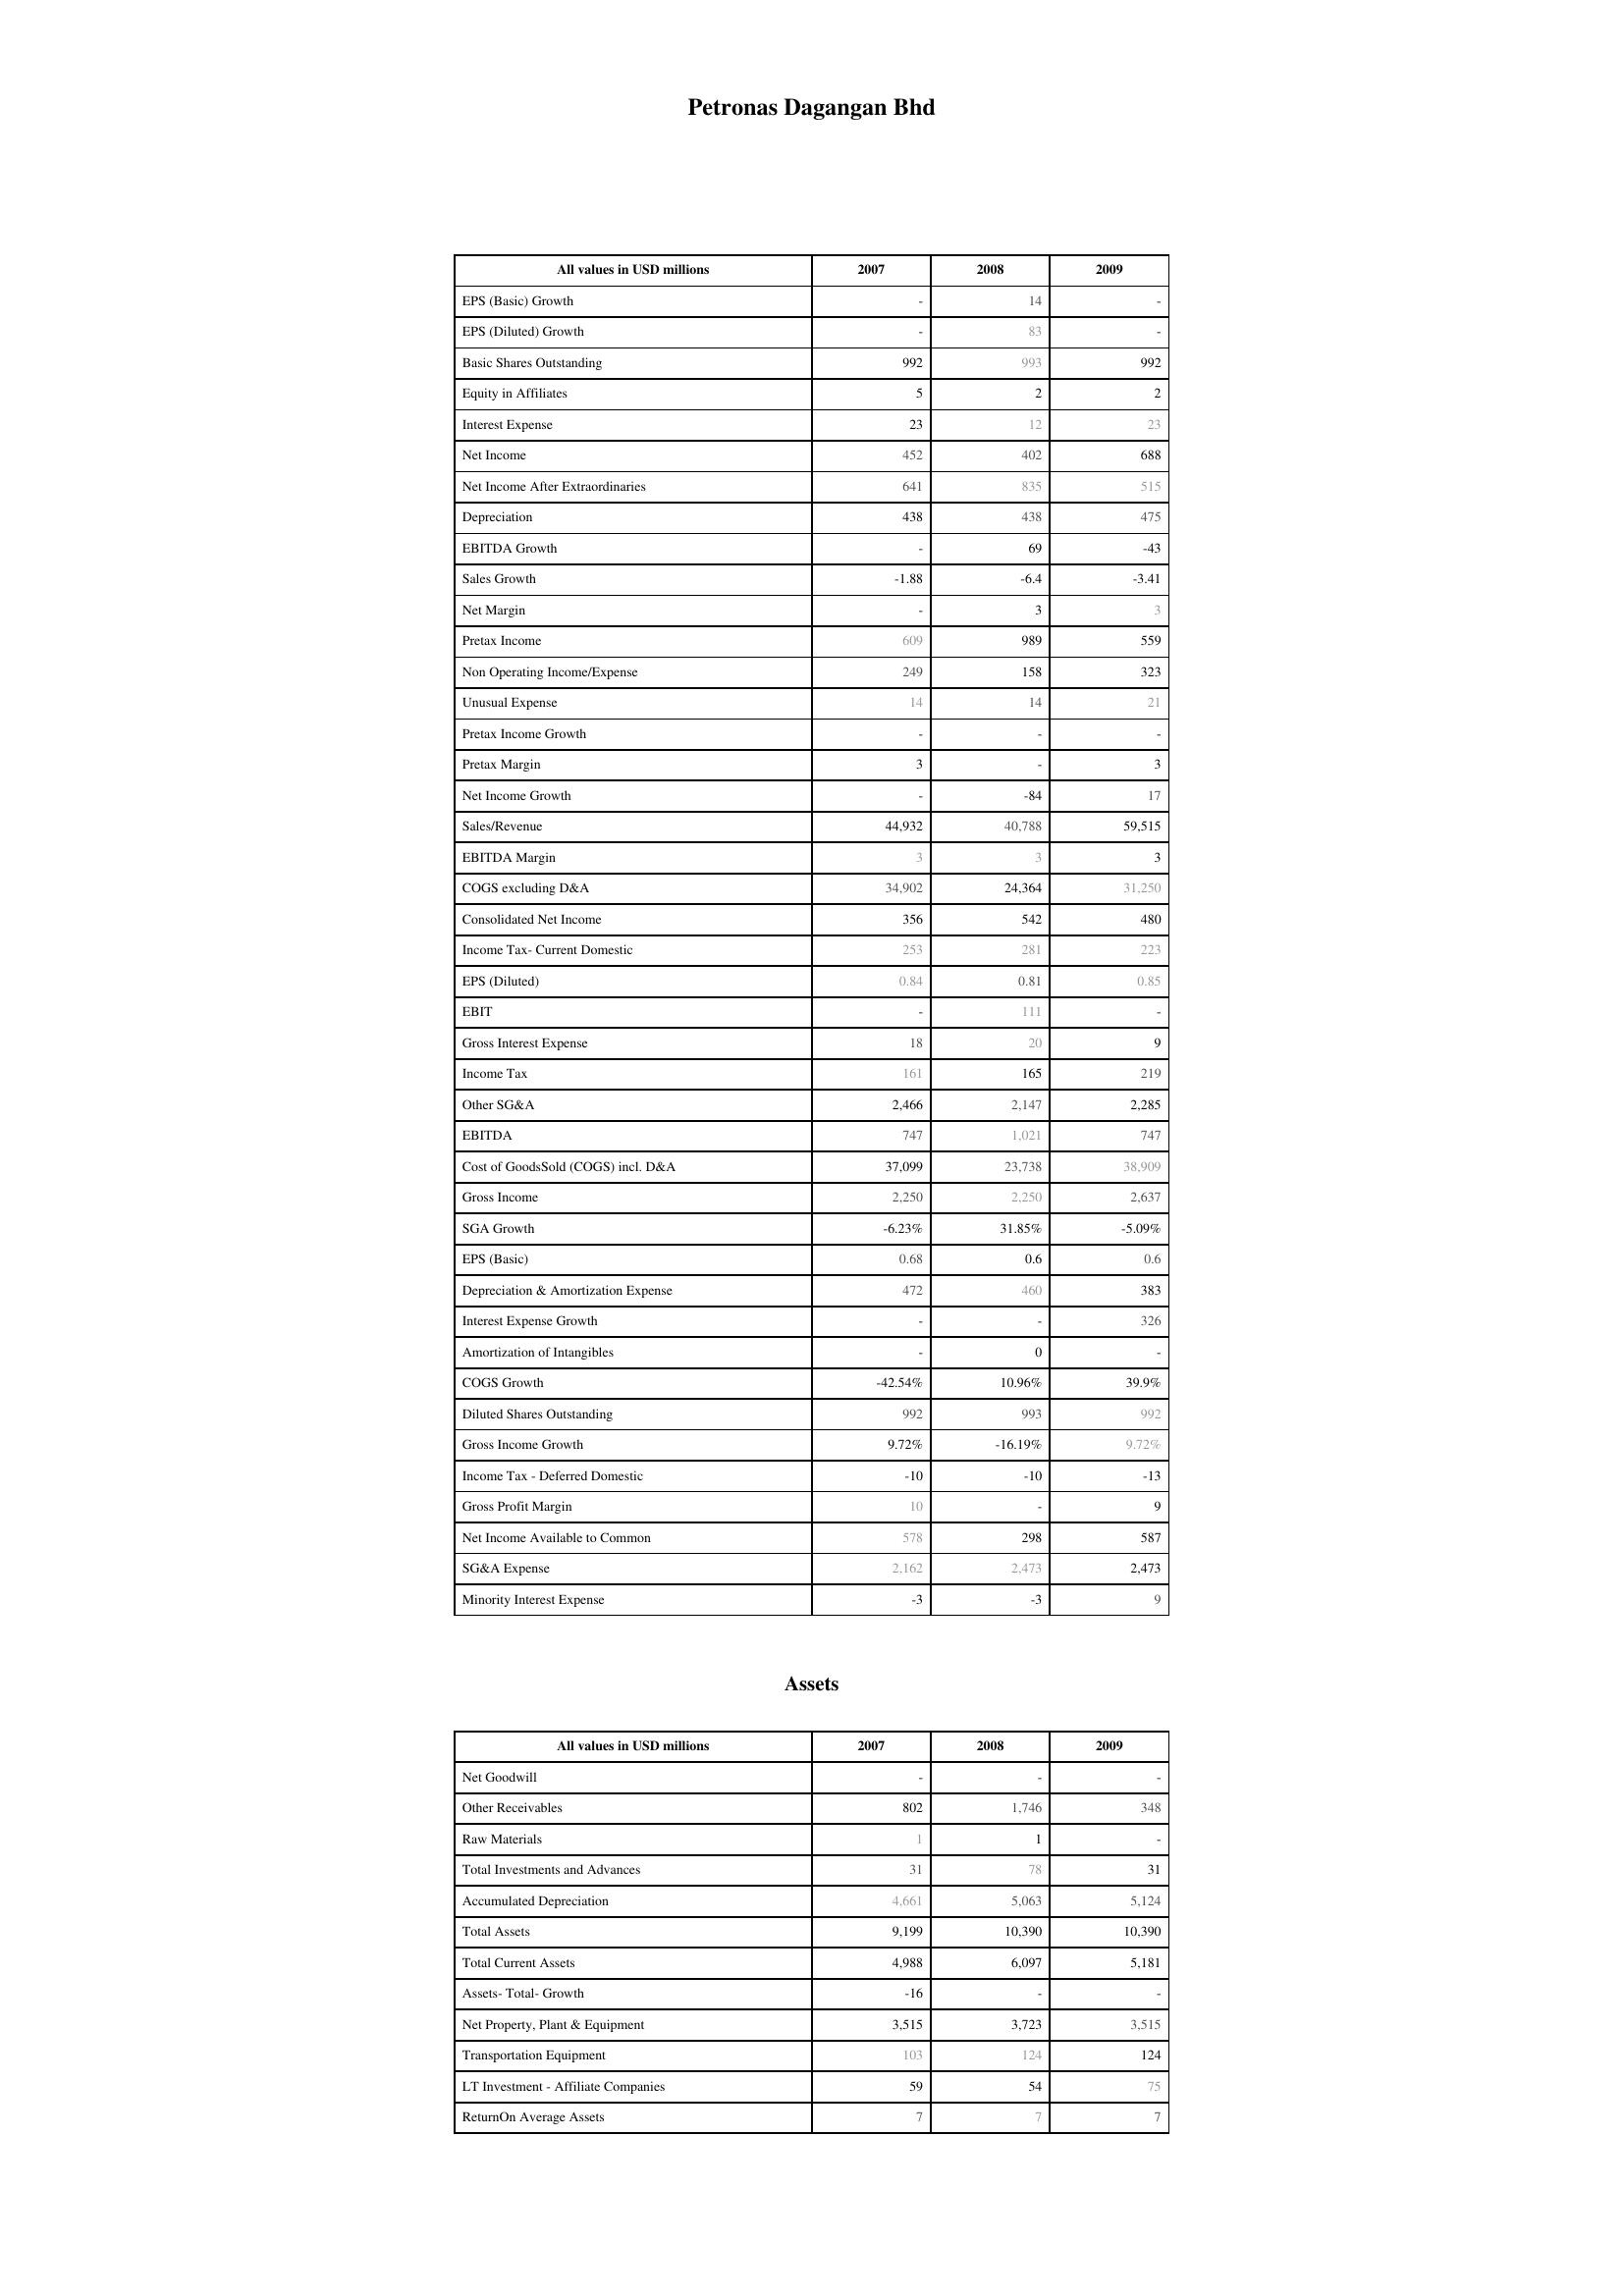
2007: : EPS (Basic) Growth: -
EPS (Diluted) Growth: -
Basic Shares Outstanding: 992
Equity in Affiliates: 5
Interest Expense: 23
Net Income: 452
Net Income After Extraordinaries: 641
Depreciation: 438
EBITDA Growth: -
Sales Growth: -1.88
Net Margin: -
Pretax Income: 609
Non Operating Income/Expense: 249
Unusual Expense: 14
Pretax Income Growth: -
Pretax Margin: 3
Net Income Growth: -
Sales/Revenue: 44,932
EBITDA Margin: 3
COGS excluding D&A: 34,902
Consolidated Net Income: 356
Income Tax- Current Domestic: 253
EPS (Diluted): 0.84
EBIT: -
Gross Interest Expense: 18
Income Tax: 161
Other SG&A: 2,466
EBITDA: 747
Cost of GoodsSold (COGS) incl. D&A: 37,099
Gross Income: 2,250
SGA Growth: -6.23%
EPS (Basic): 0.68
Depreciation & Amortization Expense: 472
Interest Expense Growth: -
Amortization of Intangibles: -
COGS Growth: -42.54%
Diluted Shares Outstanding: 992
Gross Income Growth: 9.72%
Income Tax - Deferred Domestic: -10
Gross Profit Margin: 10
Net Income Available to Common: 578
SG&A Expense: 2,162
Minority Interest Expense: -3
Assets: Net Goodwill: -
Other Receivables: 802
Raw Materials: 1
Total Investments and Advances: 31
Accumulated Depreciation: 4,661
Total Assets: 9,199
Total Current Assets: 4,988
Assets- Total- Growth: -16
Net Property, Plant & Equipment: 3,515
Transportation Equipment: 103
LT Investment - Affiliate Companies: 59
ReturnOn Average Assets: 7
2008: : EPS (Basic) Growth: 14
EPS (Diluted) Growth: 83
Basic Shares Outstanding: 993
Equity in Affiliates: 2
Interest Expense: 12
Net Income: 402
Net Income After Extraordinaries: 835
Depreciation: 438
EBITDA Growth: 69
Sales Growth: -6.4
Net Margin: 3
Pretax Income: 989
Non Operating Income/Expense: 158
Unusual Expense: 14
Pretax Income Growth: -
Pretax Margin: -
Net Income Growth: -84
Sales/Revenue: 40,788
EBITDA Margin: 3
COGS excluding D&A: 24,364
Consolidated Net Income: 542
Income Tax- Current Domestic: 281
EPS (Diluted): 0.81
EBIT: 111
Gross Interest Expense: 20
Income Tax: 165
Other SG&A: 2,147
EBITDA: 1,021
Cost of GoodsSold (COGS) incl. D&A: 23,738
Gross Income: 2,250
SGA Growth: 31.85%
EPS (Basic): 0.6
Depreciation & Amortization Expense: 460
Interest Expense Growth: -
Amortization of Intangibles: 0
COGS Growth: 10.96%
Diluted Shares Outstanding: 993
Gross Income Growth: -16.19%
Income Tax - Deferred Domestic: -10
Gross Profit Margin: -
Net Income Available to Common: 298
SG&A Expense: 2,473
Minority Interest Expense: -3
Assets: Net Goodwill: -
Other Receivables: 1,746
Raw Materials: 1
Total Investments and Advances: 78
Accumulated Depreciation: 5,063
Total Assets: 10,390
Total Current Assets: 6,097
Assets- Total- Growth: -
Net Property, Plant & Equipment: 3,723
Transportation Equipment: 124
LT Investment - Affiliate Companies: 54
ReturnOn Average Assets: 7
2009: : EPS (Basic) Growth: -
EPS (Diluted) Growth: -
Basic Shares Outstanding: 992
Equity in Affiliates: 2
Interest Expense: 23
Net Income: 688
Net Income After Extraordinaries: 515
Depreciation: 475
EBITDA Growth: -43
Sales Growth: -3.41
Net Margin: 3
Pretax Income: 559
Non Operating Income/Expense: 323
Unusual Expense: 21
Pretax Income Growth: -
Pretax Margin: 3
Net Income Growth: 17
Sales/Revenue: 59,515
EBITDA Margin: 3
COGS excluding D&A: 31,250
Consolidated Net Income: 480
Income Tax- Current Domestic: 223
EPS (Diluted): 0.85
EBIT: -
Gross Interest Expense: 9
Income Tax: 219
Other SG&A: 2,285
EBITDA: 747
Cost of GoodsSold (COGS) incl. D&A: 38,909
Gross Income: 2,637
SGA Growth: -5.09%
EPS (Basic): 0.6
Depreciation & Amortization Expense: 383
Interest Expense Growth: 326
Amortization of Intangibles: -
COGS Growth: 39.9%
Diluted Shares Outstanding: 992
Gross Income Growth: 9.72%
Income Tax - Deferred Domestic: -13
Gross Profit Margin: 9
Net Income Available to Common: 587
SG&A Expense: 2,473
Minority Interest Expense: 9
Assets: Net Goodwill: -
Other Receivables: 348
Raw Materials: -
Total Investments and Advances: 31
Accumulated Depreciation: 5,124
Total Assets: 10,390
Total Current Assets: 5,181
Assets- Total- Growth: -
Net Property, Plant & Equipment: 3,515
Transportation Equipment: 124
LT Investment - Affiliate Companies: 75
ReturnOn Average Assets: 7